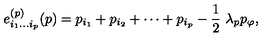
e _ { i _ { 1 } \ldots i _ { p } } ^ { ( p ) } ( p ) = p _ { i _ { 1 } } + p _ { i _ { 2 } } + \cdots + p _ { i _ { p } } - \frac { 1 } { 2 } \ \lambda _ { p } p _ { \varphi } ,